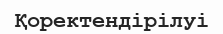
Қоректендірілуі